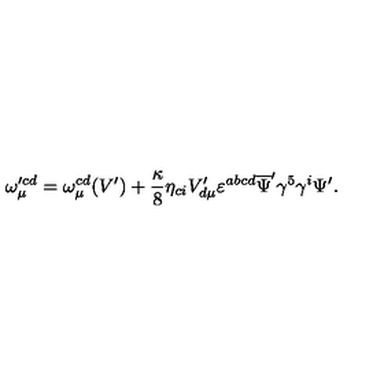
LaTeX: \omega _ { \mu } ^ { \prime c d } = \omega _ { \mu } ^ { c d } ( V ^ { \prime } ) + \frac { \kappa } { 8 } \eta _ { c i } V _ { d \mu } ^ { \prime } \varepsilon ^ { a b c d } \overline { { \Psi } } ^ { \prime } \gamma ^ { 5 } \gamma ^ { i } \Psi ^ { \prime } .